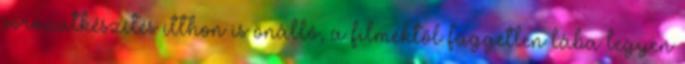
sorozatkészítés itthon is önálló, a filmektől független lába legyen